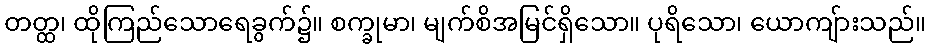
တတ္ထ၊ ထိုကြည်သောရေခွက်၌။ စက္ခုမာ၊ မျက်စိအမြင်ရှိသော။ ပုရိသော၊ ယောကျ်ားသည်။